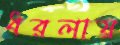
ধরলায়